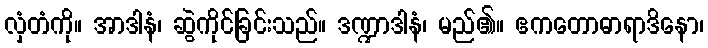
လှံတံကို။ အာဒါနံ၊ ဆွဲကိုင်ခြင်းသည်။ ဒဏ္ဍာဒါနံ၊ မည်၏။ ဧကတောဓာရာဒိနော၊